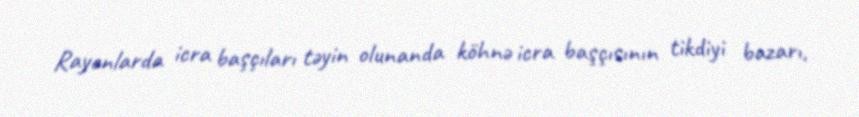
Rayonlarda icra başçıları təyin olunanda köhnə icra başçısının tikdiyi bazarı,